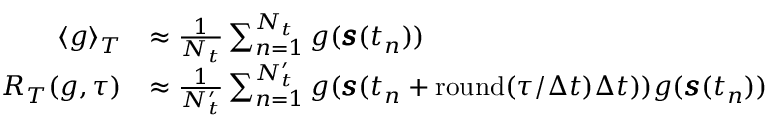
\begin{array} { r l } { \langle g \rangle _ { T } } & { \approx \frac { 1 } { N _ { t } } \sum _ { n = 1 } ^ { N _ { t } } g ( \pmb { s } ( t _ { n } ) ) } \\ { R _ { T } ( g , \tau ) } & { \approx \frac { 1 } { N _ { t } ^ { \prime } } \sum _ { n = 1 } ^ { N _ { t } ^ { \prime } } g ( \pmb { s } ( t _ { n } + \mathrm { r o u n d } ( \tau / \Delta t ) \Delta t ) ) g ( \pmb { s } ( t _ { n } ) ) } \end{array}